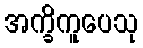
အက္ခိကူပေသု